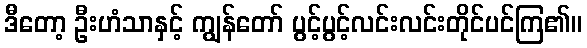
ဒီတော့ ဦးဟံသာနှင့် ကျွန်တော် ပွင့်ပွင့်လင်းလင်းတိုင်ပင်ကြ၏။